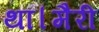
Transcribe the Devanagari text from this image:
था।मैरी